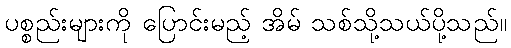
ပစ္စည်းများကို ပြောင်းမည့် အိမ် သစ်သို့သယ်ပို့သည်။